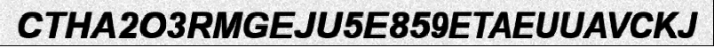
CTHA2O3RMGEJU5E859ETAEUUAVCKJ